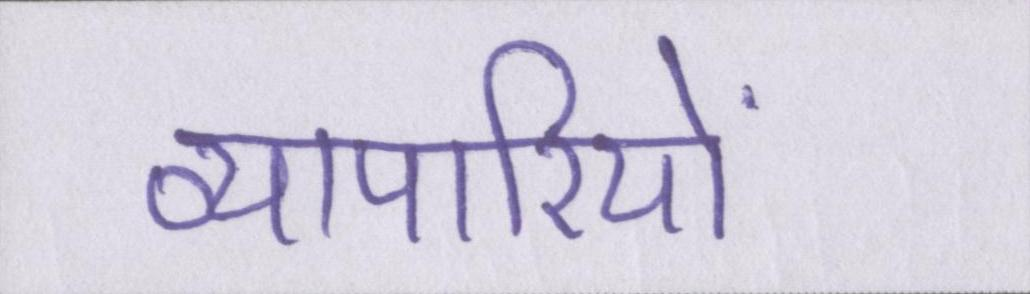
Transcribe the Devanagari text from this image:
व्यापारियों